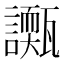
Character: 𧭌